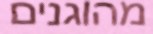
מהוגנים